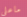
ماعلي